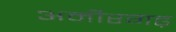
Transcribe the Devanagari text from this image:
अमीरगढ़